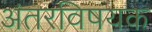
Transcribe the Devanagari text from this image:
अंतरविषयक